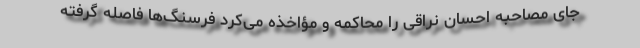
جای مصاحبه احسان نراقی را محاکمه و مؤاخذه می‌کرد فرسنگ‌ها فاصله گرفته